Lunatic asylums Central Provinces reports 1895-1909 - 1895-1909
Year: 1895
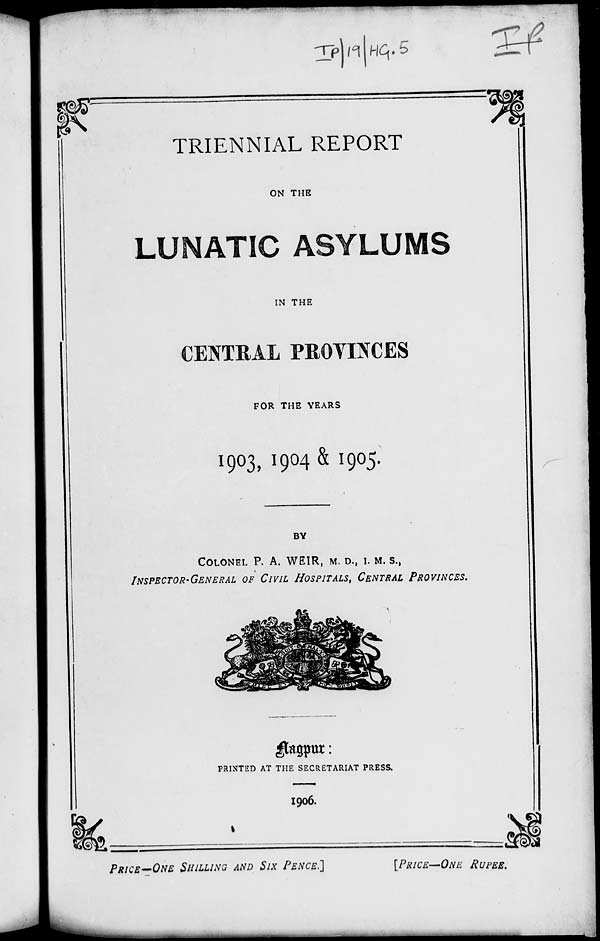
TRIENNIAL REPORT
ON THE
LUNATIC ASYLUMS
IN THE
CENTRAL PROVINCES
FOR THE YEARS
1903,1904 & 1905.
BY
COLONEL P. A. WEIR, M.D., I. M. S.,
INSPECTOR-GENERAL OF CIVIL HOSPITALS,CENTRAL
PROVINCES.
Nagpur:
PRINTED AT THE SECRETARIAT PRESS.
1906.
PRICE—ONE
SHILLING AND SIX PENCE.]
[PRICE—ONE
RUPEE.